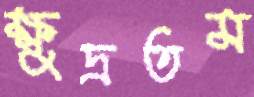
ক্ষুদ্রতম